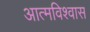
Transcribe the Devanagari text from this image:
आत्‍मविश्‍वास